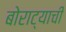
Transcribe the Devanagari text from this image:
बोराट्याची